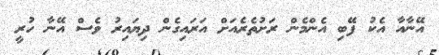
އޭނާއާ އެކު ފޭބި އެންމެން ރަށުތެރެއަށް އަރައިގެން ދިޔައިރު ވެސް އޭނާ ހުރީ